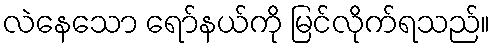
လဲနေသော ရော်နယ်ကို မြင်လိုက်ရသည်။